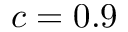
c = 0 . 9